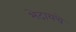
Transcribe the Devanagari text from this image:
भेदायचे